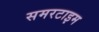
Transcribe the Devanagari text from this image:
समरटाइम